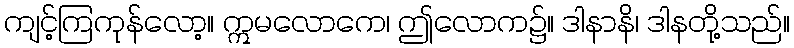
ကျင့်ကြကုန်လော့။ ဣမလောကေ၊ ဤလောက၌။ ဒါနာနိ၊ ဒါနတို့သည်။